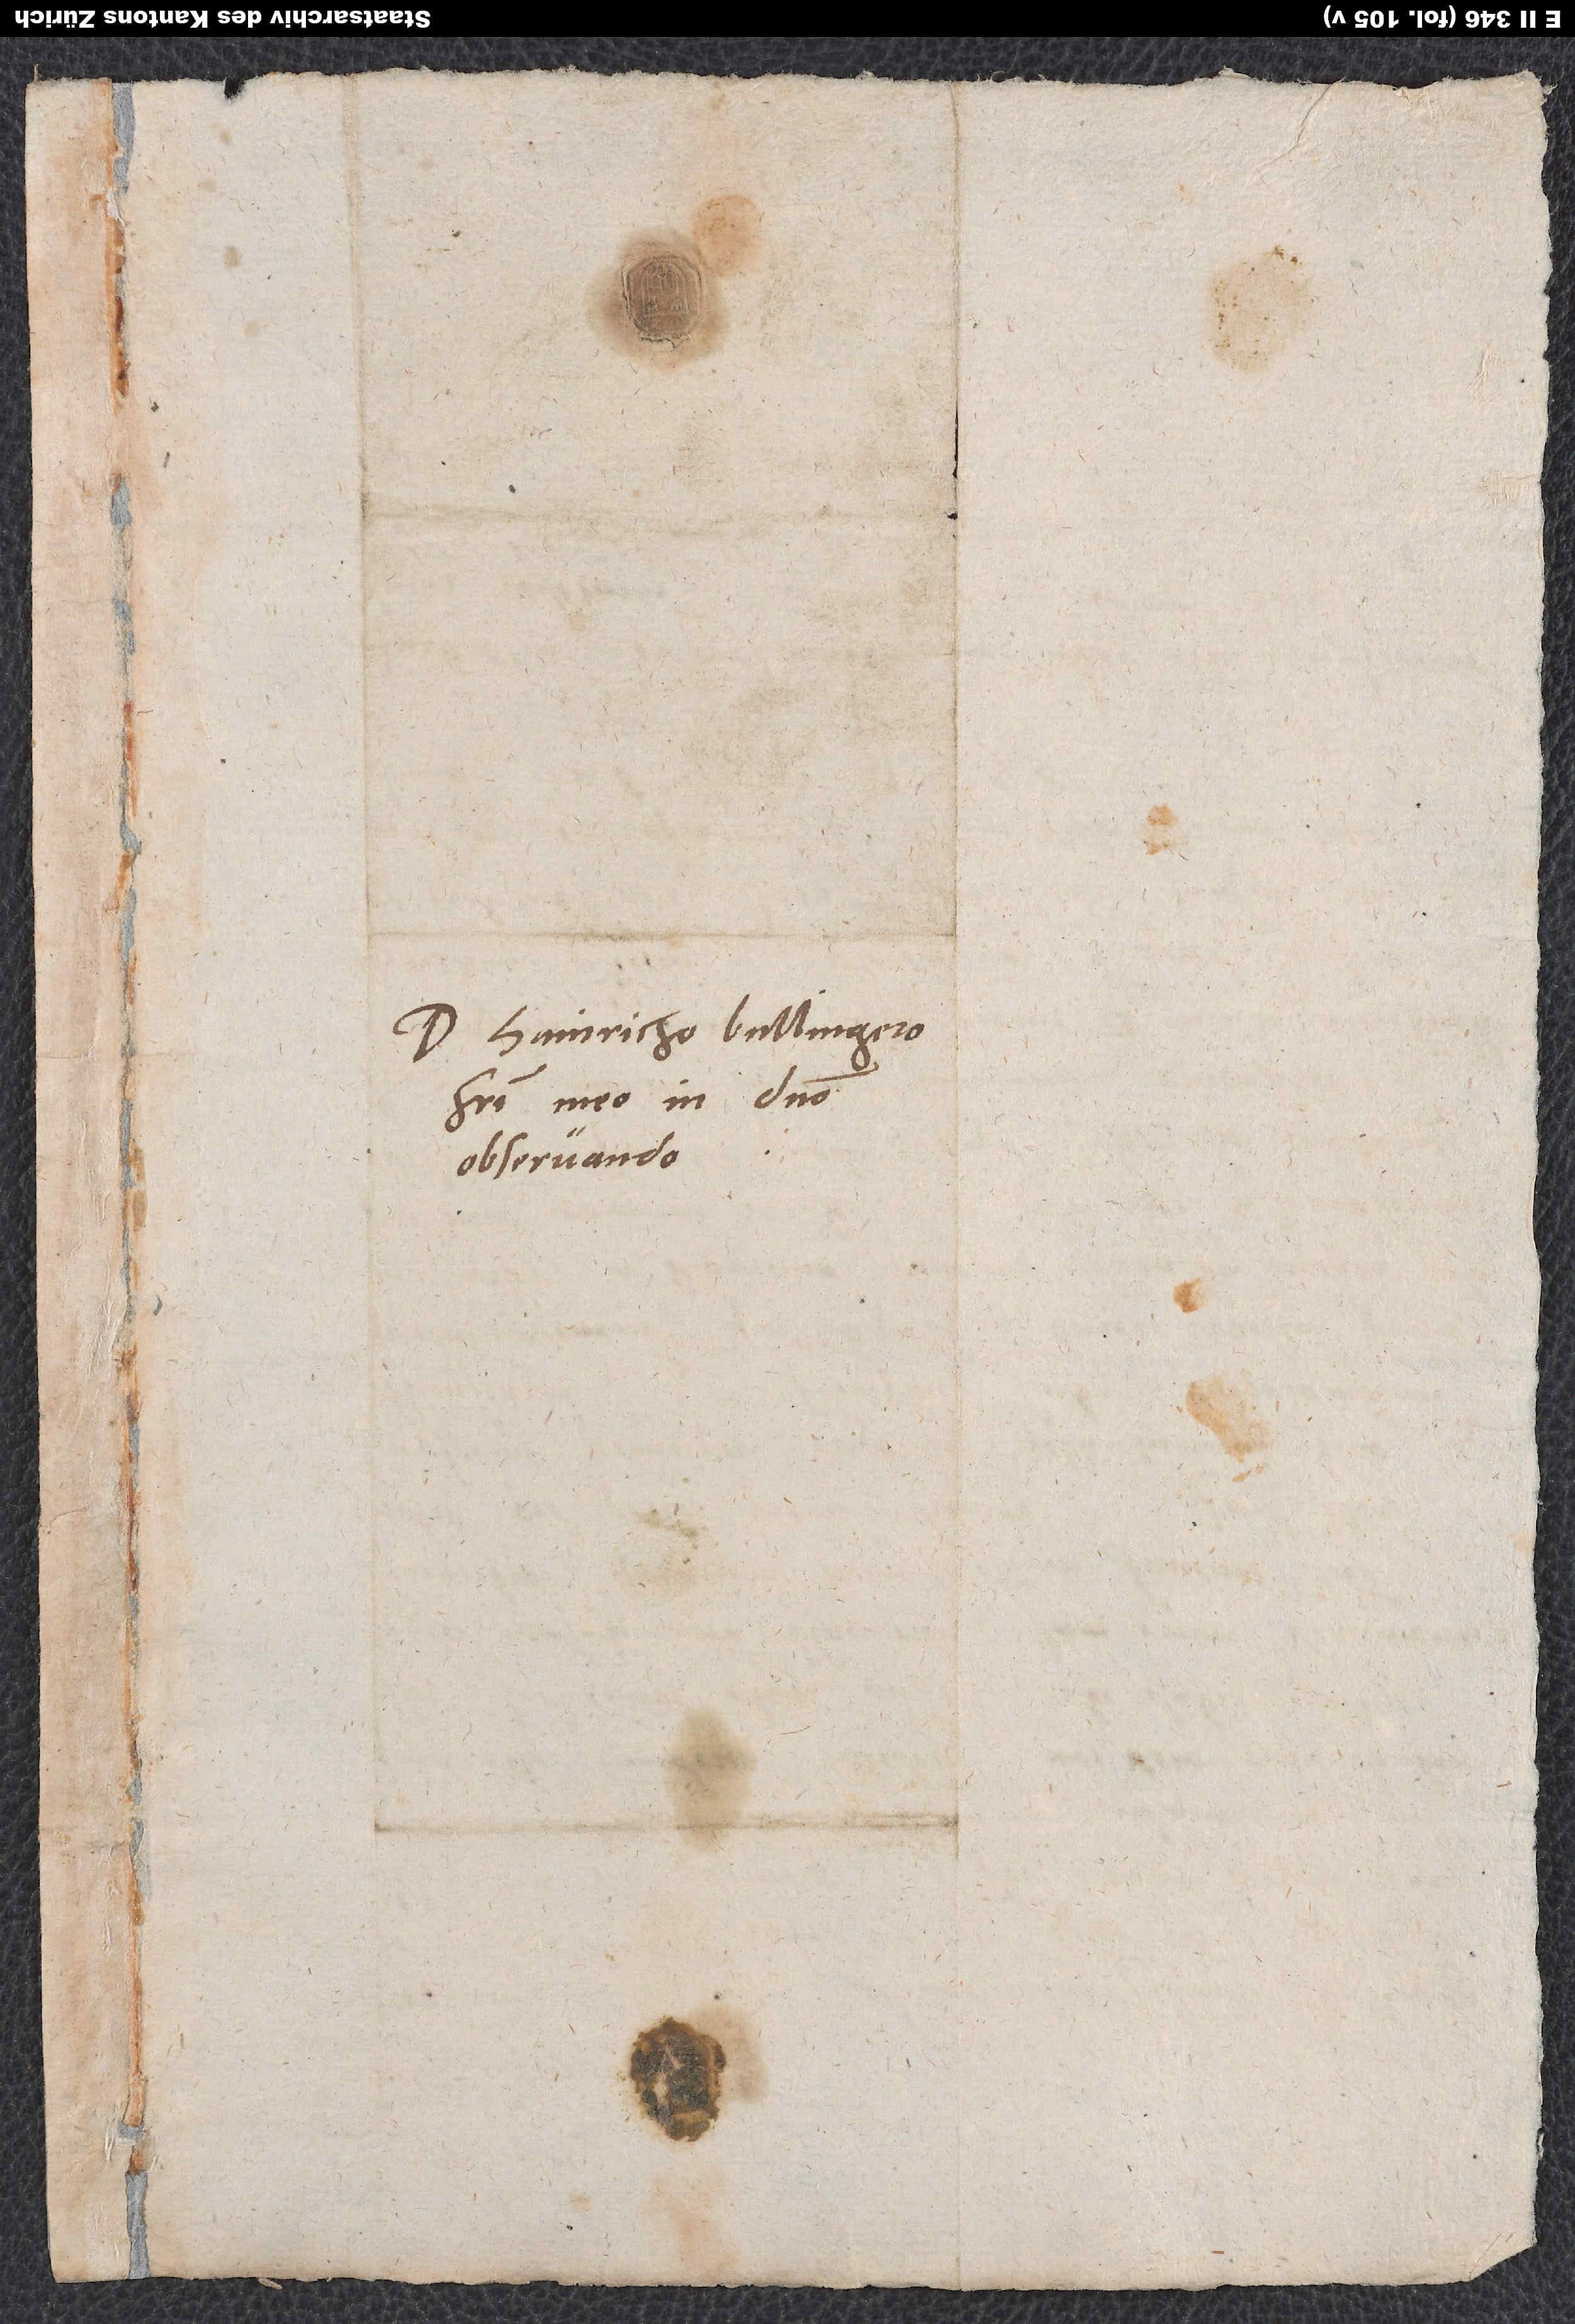
Domino Hainricho Bullingero,
fratri meo in domino
observando.